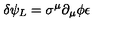
\delta \psi _ { L } = \sigma ^ { \mu } \partial _ { \mu } \phi \epsilon